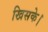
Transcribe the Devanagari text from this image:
खिसके।